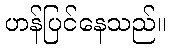
ဟန်ပြင်နေသည်။